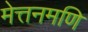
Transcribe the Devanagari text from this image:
मेत्तनमणि